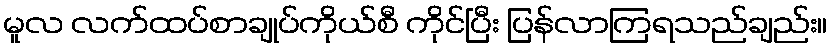
မူလ လက်ထပ်စာချုပ်ကိုယ်စီ ကိုင်ပြီး ပြန်လာကြရသည်ချည်း။